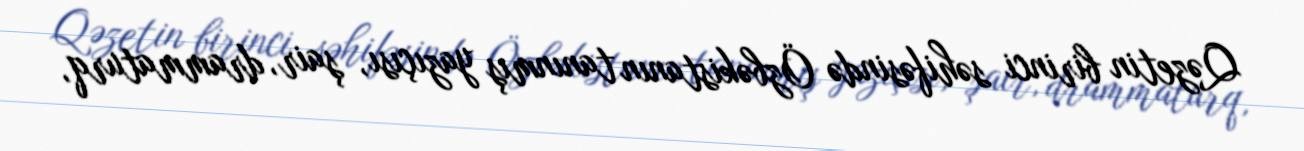
Qəzetin birinci səhifəsində Özbəkistanın tanınmış yazıçısı, şair, drammaturq,